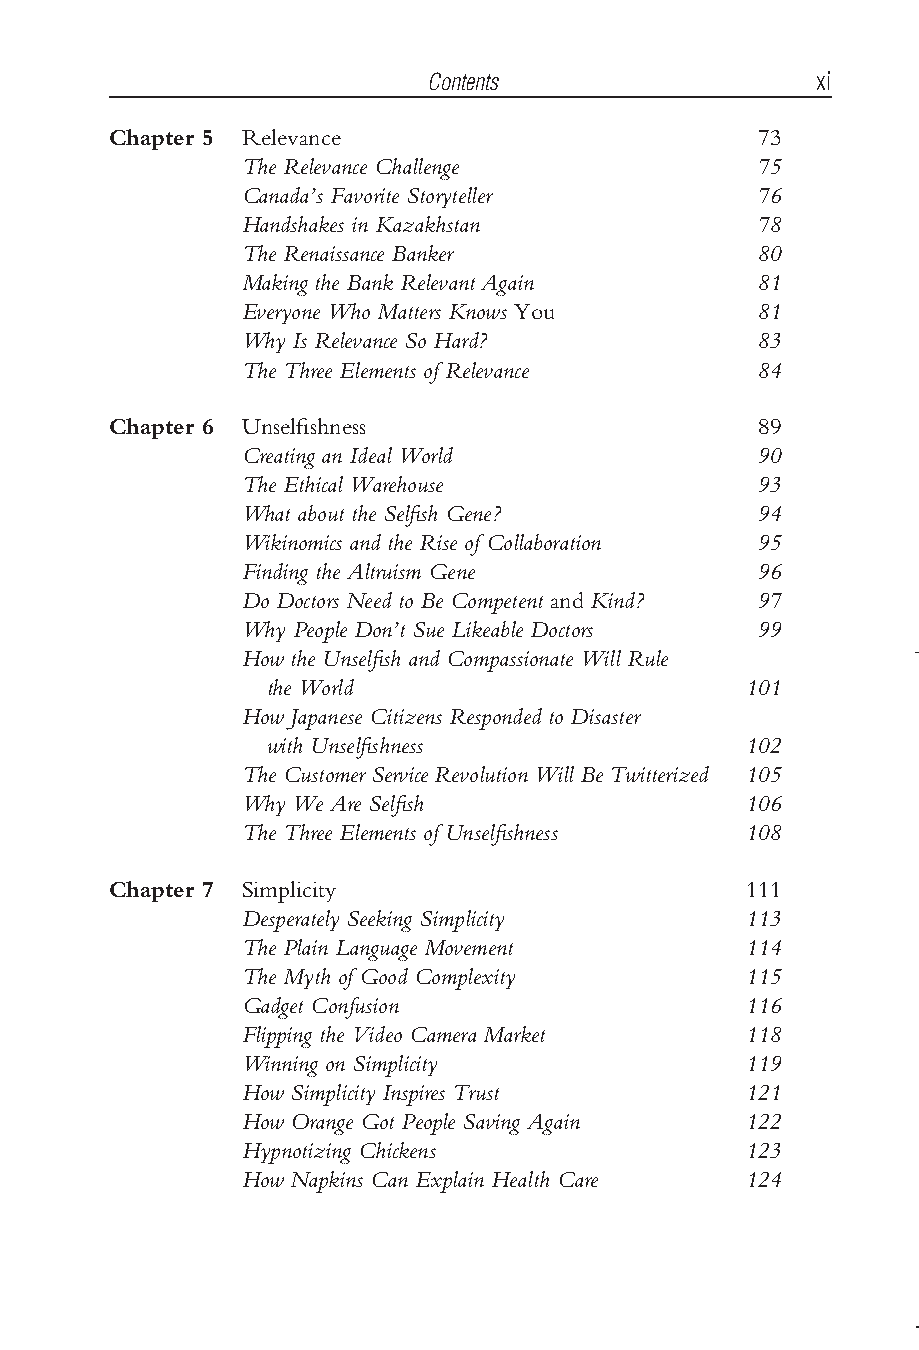
Contents                 xi
 Chapter 5 Relevance                        73
 The Relevance Challenge            75
 Canada’s Favorite Storyteller      76
 Handshakes in Kazakhstan           78
 The Renaissance Banker             80
 Making the Bank Relevant Again     81
 Everyone Who Matters Knows You     81
 Why Is Relevance So Hard?          83
 The Three Elements of Relevance    84
 Chapter 6 Unselfishness                    89
 Creating an Ideal World            90
 The Ethical Warehouse              93
 What about the Selfish Gene?       94
 Wikinomics and the Rise of Collaboration 95
 Finding the Altruism Gene          96
 Do Doctors Need to Be Competent and Kind? 97
 Why People Don’t Sue Likeable Doctors 99
 How the Unselfish and Compassionate Will Rule
 the World                       101
 How Japanese Citizens Responded to Disaster
 with Unselfishness              102
 TheCustomerServiceRevolutionWillBeTwitterized 105
 Why We Are Selfish                106
 The Three Elements of Unselfishness 108
 Chapter 7 Simplicity                      111
 Desperately Seeking Simplicity    113
 The Plain Language Movement       114
 The Myth of Good Complexity       115
 Gadget Confusion                  116
 Flipping the Video Camera Market  118
 Winning on Simplicity             119
 How Simplicity Inspires Trust     121
 How Orange Got People Saving Again 122
 Hypnotizing Chickens              123
 How Napkins Can Explain Health Care 124